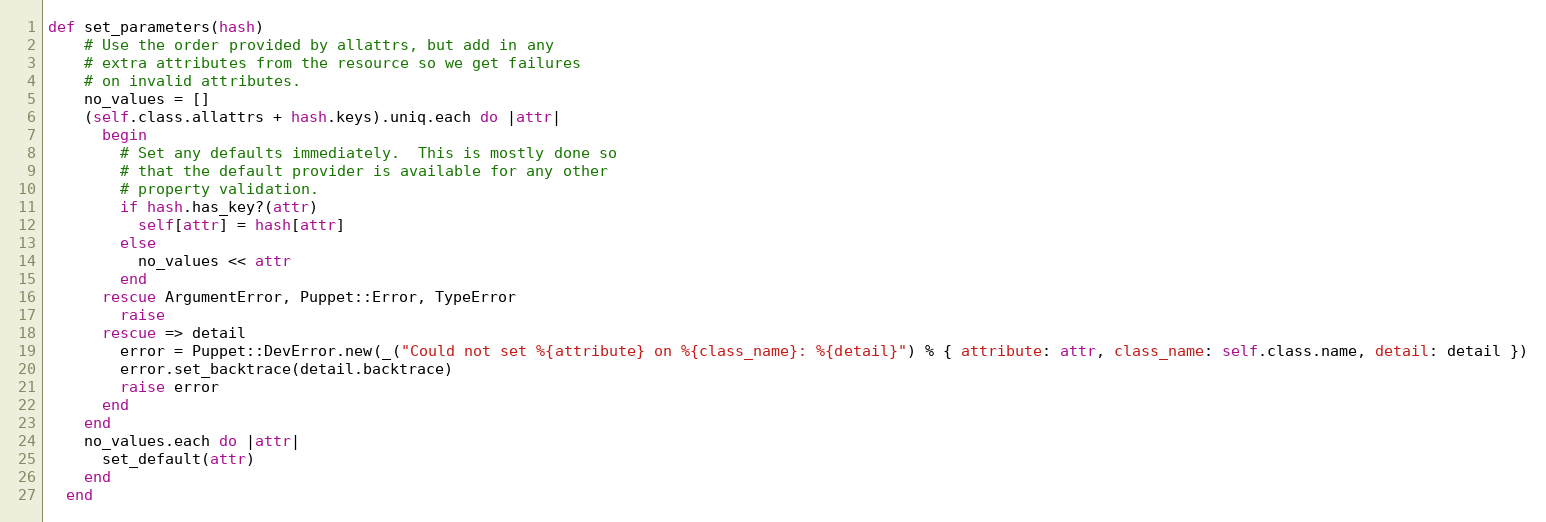
Language: Ruby
def set_parameters(hash)
    # Use the order provided by allattrs, but add in any
    # extra attributes from the resource so we get failures
    # on invalid attributes.
    no_values = []
    (self.class.allattrs + hash.keys).uniq.each do |attr|
      begin
        # Set any defaults immediately.  This is mostly done so
        # that the default provider is available for any other
        # property validation.
        if hash.has_key?(attr)
          self[attr] = hash[attr]
        else
          no_values << attr
        end
      rescue ArgumentError, Puppet::Error, TypeError
        raise
      rescue => detail
        error = Puppet::DevError.new(_("Could not set %{attribute} on %{class_name}: %{detail}") % { attribute: attr, class_name: self.class.name, detail: detail })
        error.set_backtrace(detail.backtrace)
        raise error
      end
    end
    no_values.each do |attr|
      set_default(attr)
    end
  end